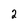
Character: 2